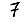
Digit: 7